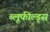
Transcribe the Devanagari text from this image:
ब्लूफील्ड्स